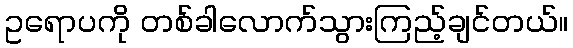
ဥရောပကို တစ်ခါလောက်သွားကြည့်ချင်တယ်။